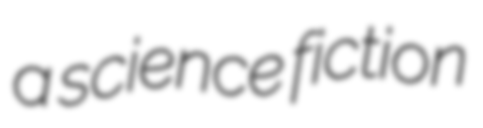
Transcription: a science fiction